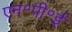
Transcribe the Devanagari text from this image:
एन॰पी॰ई